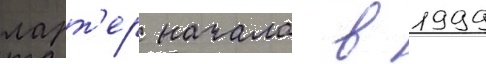
ларт'ер начала в 1999